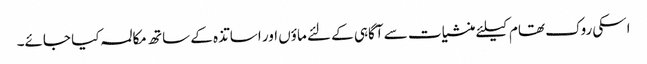
اسکی روک تھام کیلئے منشیات سے آگاہی کے لئے ماؤں اور اساتذہ کے ساتھ مکالمہ کیا جائے۔